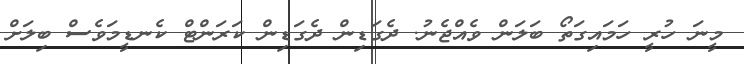
މީނަ ހުރީ ހަމައިގަތޯ ބަލަން ވެއްޖެނު. ދެގަޑިން ދެގަޑިން ކަރަންޓް ކެނޑީމަވެސް ބިލަށް